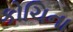
કોચિના